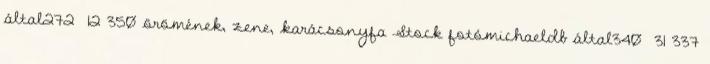
által272 12 350 örömének, zene, karácsonyfa Stock fotómichaeldb által340 31 337